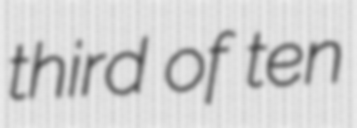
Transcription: third of ten